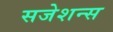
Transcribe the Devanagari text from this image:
सजेशन्स